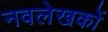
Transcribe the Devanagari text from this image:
नवलेखकों